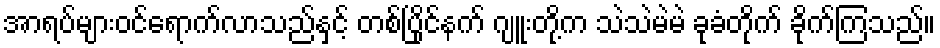
အာရပ်များဝင်ရောက်လာသည်နှင့် တစ်ပြိုင်နက် ဂျူးတို့က သဲသဲမဲမဲ ခုခံတိုက် ခိုက်ကြသည်။